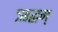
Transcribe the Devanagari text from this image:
ऋद्धम्